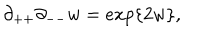
\partial _ { + + } \partial _ { -- } w = e x p \{ 2 w \} ,